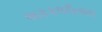
અકકલઉતારા